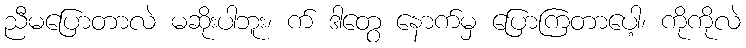
ညီမပြောတာလဲ မဆိုးပါဘူး၊ က် ဒါတွေ နောက်မှ ပြောကြတာပေါ့၊ ကိုကိုလဲ